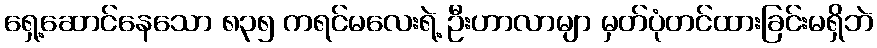
ရှေ့ဆောင်နေသော ၈၃၅ ကရင်မလေးရဲ့ ဦးဟာလာမျာ မှတ်ပုံတင်ထားခြင်းမရှိဘဲ